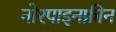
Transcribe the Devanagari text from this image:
नोरपाइनफ्रीन